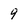
Character: 9